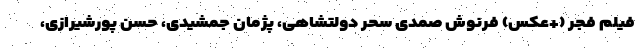
فیلم فجر (+عکس) فرنوش صمدی سحر دولتشاهی، پژمان جمشیدی، حسن پورشیرازی،